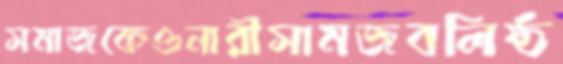
সমাজকেওনারীসামজবলিষ্ঠ